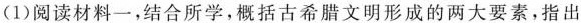
(1)阅读材料一，结合所学，概括古希腊文明形成的两大要素，指出